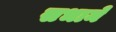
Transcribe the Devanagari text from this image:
सभामें